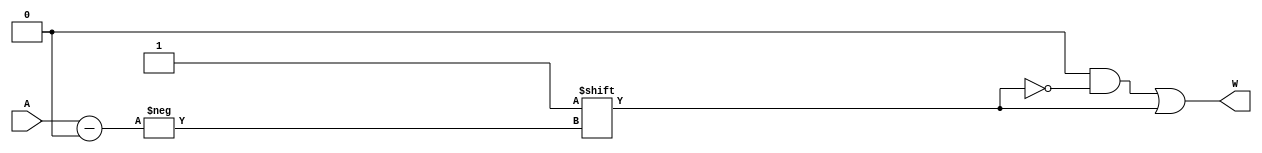
module Decoder_3b(input [2:0]A,output reg [7:0]W);
  reg [2:0]AA;
  always @(A) begin
    W=8'h0;
    AA=A;
    W[AA]=1;
  end
endmodule









module Decoder_3b_TB();
  reg [2:0]A;
  wire [7:0]W;
  Decoder_3b G1(A,W);
  initial begin
  A=3'h0;
  #100
  A=3'h5;
  #100
  A=8'h7;
  #100
  $stop;
  end
endmodule